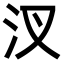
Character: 汊